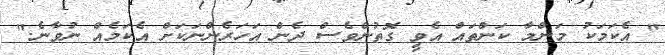
" އެކަމަކު މަންމާ ކަންތައް އެވީ ގޮތުންވެސް ދެން އަހަރެންނަކަށް އެކަމެއް ނުވާނެ."